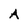
Character: A